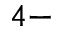
4 -